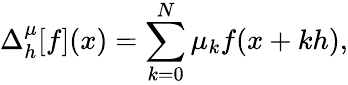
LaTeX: \Delta_{h}^{\mu}[f](x)=\sum_{k=0}^{N}\mu_{k}f(x+kh),